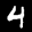
Label: 4